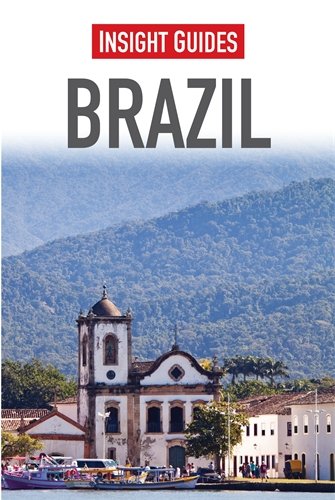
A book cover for Brazil (Insight Guides); Insight Guides; Travel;